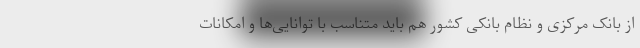
از بانک مرکزی و نظام بانکی کشور هم باید متناسب با توانایی‌ها و امکانات